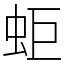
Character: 蚷